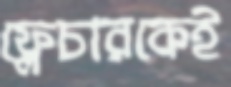
ফ্লেচারকেই